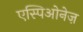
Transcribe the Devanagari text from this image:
एस्पिओनेज़